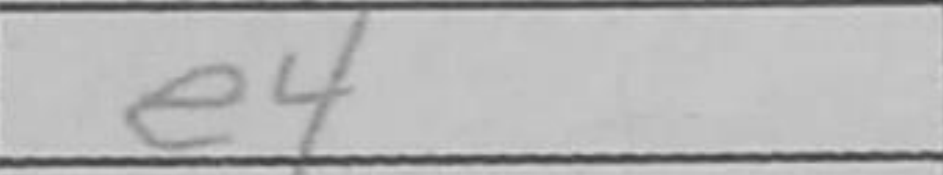
Transcription: e4